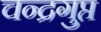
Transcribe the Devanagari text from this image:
चन्द्रगुप्त